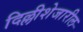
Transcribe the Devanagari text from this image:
दिल्लीशेजारील